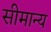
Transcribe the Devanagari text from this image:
सीमान्य